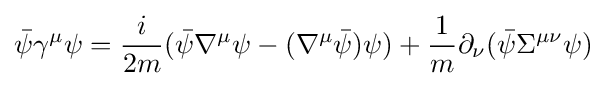
{\bar {\psi }}\gamma ^{\mu }\psi ={\frac {i}{2m}}({\bar {\psi }}\nabla ^{\mu }\psi -(\nabla ^{\mu }{\bar {\psi }})\psi )+{\frac {1}{m}}\partial _{\nu }({\bar {\psi }}\Sigma ^{\mu \nu }\psi )